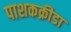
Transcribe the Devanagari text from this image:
पाशकक्रीडा